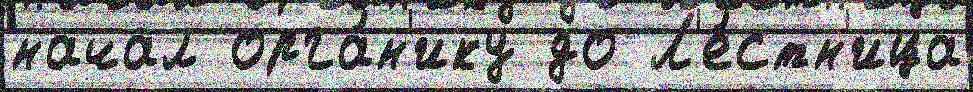
начал орга́н'ику до Л'е́стн'ица